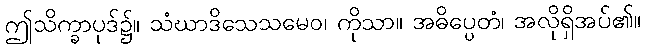
ဤသိက္ခာပုဒ်၌။ သံဃာဒိသေသမေဝ၊ ကိုသာ။ အဓိပ္ပေတံ၊ အလိုရှိအပ်၏။